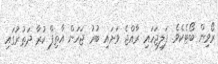
ރޯވިން ބޯޓެކެވެ. ފަލިޖަހައި ރާއްޖެ ވަށައި ބުރު ޖަހަން އާތިފް ކުރާ ދަތުރުގައި